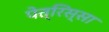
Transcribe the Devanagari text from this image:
पेत्रिस्सा